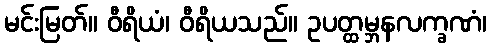
မင်းမြတ်။ ဝီရိယံ၊ ဝီရိယသည်။ ဥပတ္ထမ္ဘနလက္ခဏံ၊